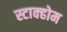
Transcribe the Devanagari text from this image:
स्टाक्होम